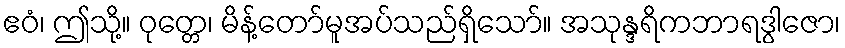
ဧဝံ၊ ဤသို့။ ဝုတ္တေ၊ မိန့်တော်မူအပ်သည်ရှိသော်။ အသုန္ဒရိကဘာရဒွါဇော၊